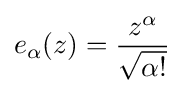
{e_{\alpha }(z)={z^{\alpha } \over {\sqrt {\alpha !}}}}